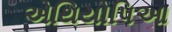
એથિયોપિઆ